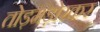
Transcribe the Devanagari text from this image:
तोड़मड़ोरकर